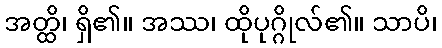
အတ္ထိ၊ ရှိ၏။ အဿ၊ ထိုပုဂ္ဂိုလ်၏။ သာပိ၊